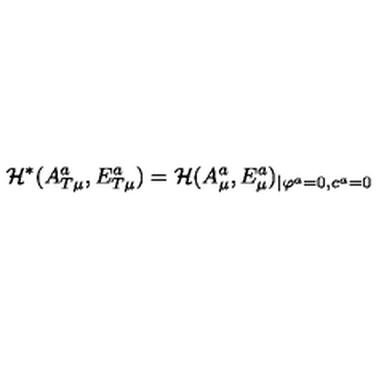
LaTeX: { \cal H } ^ { * } ( A _ { T \mu } ^ { a } , E _ { T \mu } ^ { a } ) = { \cal H } ( A _ { \mu } ^ { a } , E _ { \mu } ^ { a } ) _ { \mid \varphi ^ { a } = 0 , c ^ { a } = 0 }